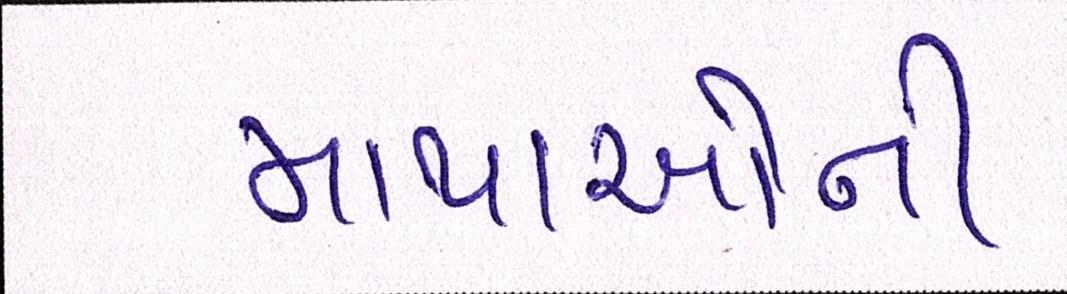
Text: માથાઓની